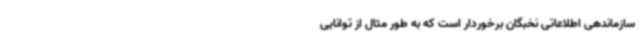
سازماندهی اطلاعاتی نخبگان برخوردار است که به طور مثال از توانایی